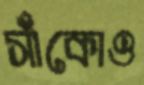
সাঁকোও